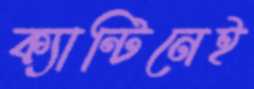
ক্যান্টিনেই